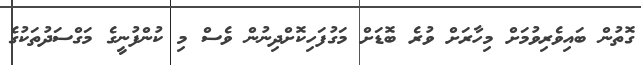
ގޮތުން ބައިވެރިވުމަށް މިހާރަށް ވުރެ ބޮޑަށް މަގުފަހިކޮށްދިނުން ވެސް މި ކުންފުނީގެ މަގްސަދުތަކުގެ